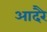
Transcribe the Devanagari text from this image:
आदरै